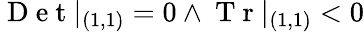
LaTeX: \mathrm{~D~e~t~}|_{(1,1)}=0\land\mathrm{~T~r~}|_{(1,1)}<0